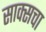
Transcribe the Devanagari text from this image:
साक्सचा